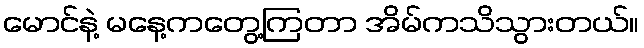
မောင်နဲ့ မနေ့ကတွေ့ကြတာ အိမ်ကသိသွားတယ်။